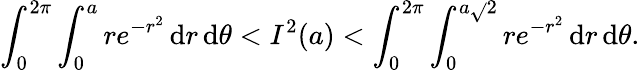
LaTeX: \int_{0}^{2\pi}\int_{0}^{a}re^{-r^{2}}\, \mathrm{d}r\, \mathrm{d}\theta<I^{2}(a)<\int_{0}^{2\pi}\int_{0}^{a{\sqrt{}{{2}}}}re^{-r^{2}}\, \mathrm{d}r\, \mathrm{d}\theta.